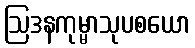
ဩဒနကုမ္မာသုပစယော